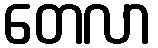
တေလာ